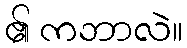
၏ ကဘာလဲ။